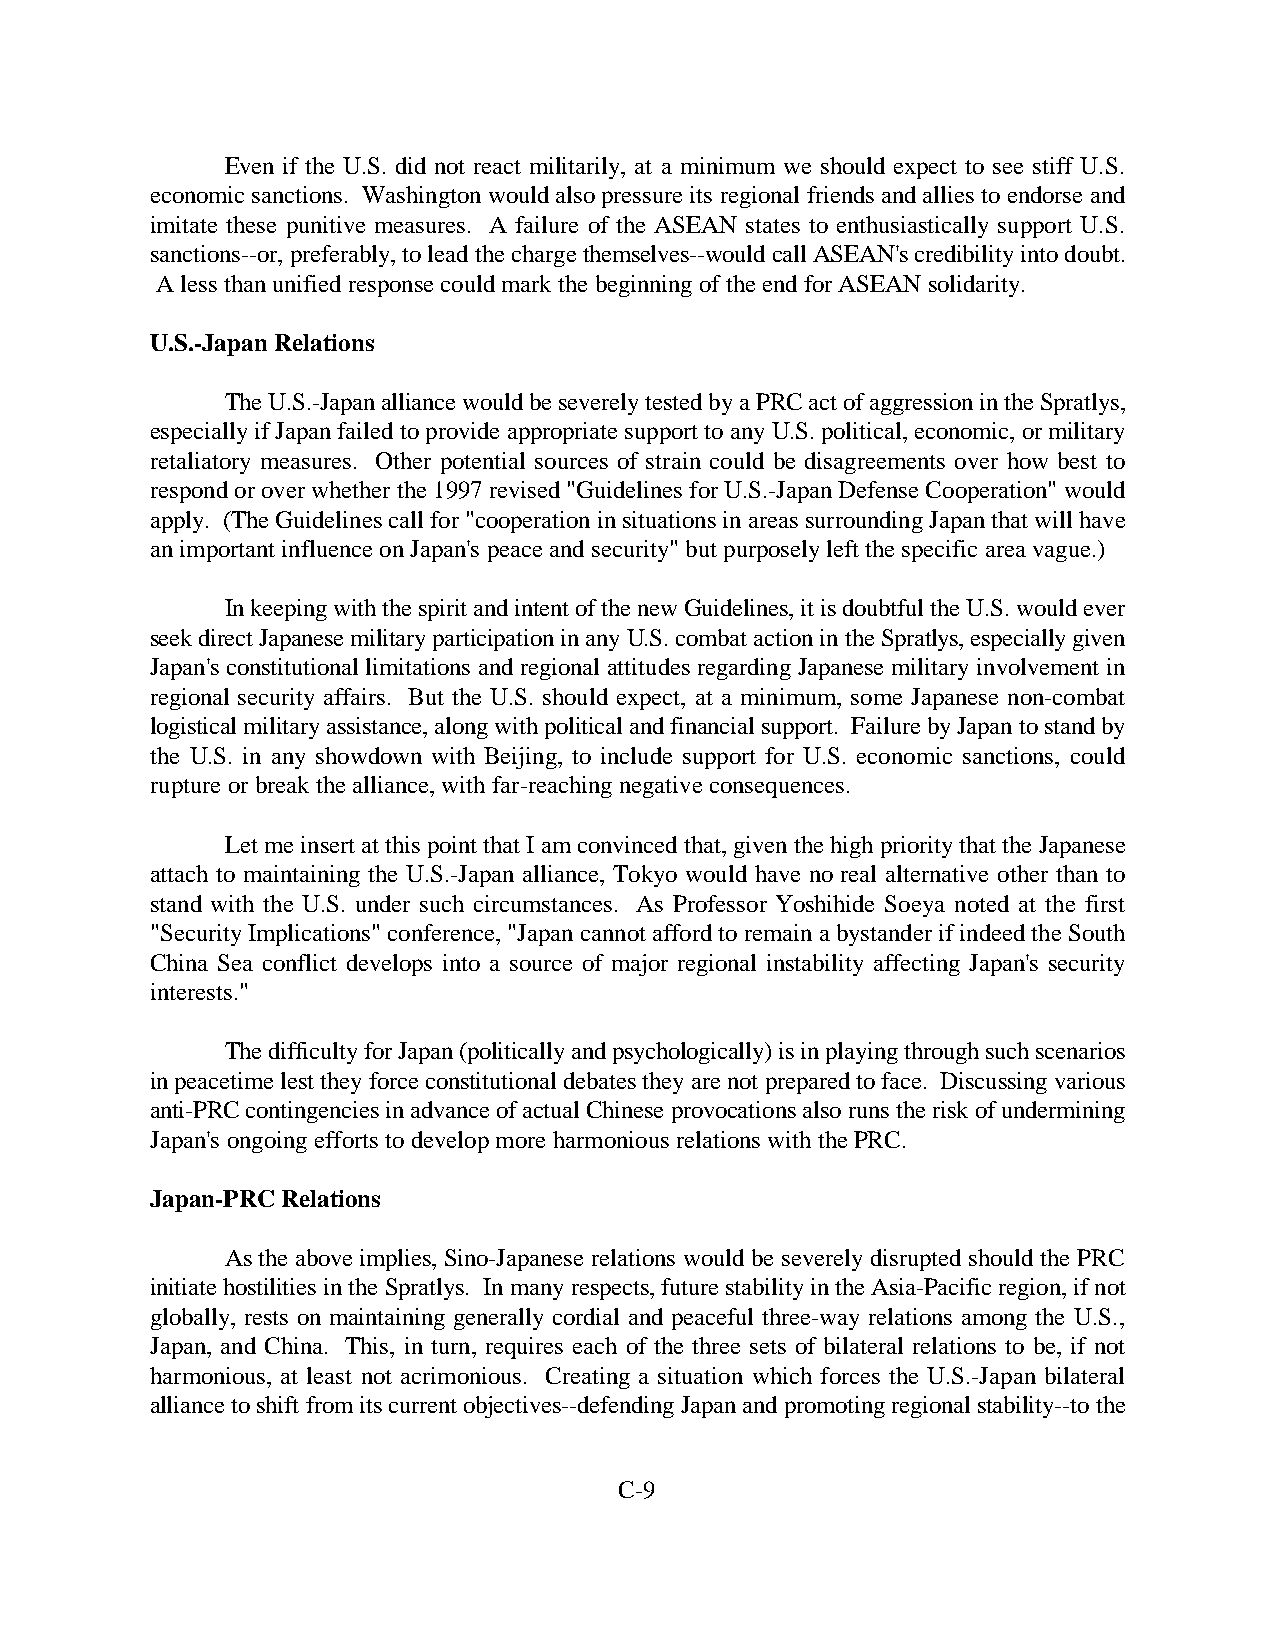
Even if the U.S. did not react militarily, at a minimum we should expect to see stiff U.S.
 economic sanctions. Washington would also pressure its regional friends and allies to endorse and
 imitate these punitive measures. A failure of the ASEAN states to enthusiastically support U.S.
 sanctions--or, preferably, to lead the charge themselves--would call ASEAN's credibility into doubt.
 A less than unified response could mark the beginning of the end for ASEAN solidarity.
 U.S.-Japan Relations
 The U.S.-Japan alliance would be severely tested by a PRC act of aggression in the Spratlys,
 especially if Japan failed to provide appropriate support to any U.S. political, economic, or military
 retaliatory measures. Other potential sources of strain could be disagreements over how best to
 respond or over whether the 1997 revised "Guidelines for U.S.-Japan Defense Cooperation" would
 apply. (The Guidelines call for "cooperation in situations in areas surrounding Japan that will have
 an important influence on Japan's peace and security" but purposely left the specific area vague.)
 In keeping with the spirit and intent of the new Guidelines, it is doubtful the U.S. would ever
 seek direct Japanese military participation in any U.S. combat action in the Spratlys, especially given
 Japan's constitutional limitations and regional attitudes regarding Japanese military involvement in
 regional security affairs. But the U.S. should expect, at a minimum, some Japanese non-combat
 logistical military assistance, along with political and financial support. Failure by Japan to stand by
 the U.S. in any showdown with Beijing, to include support for U.S. economic sanctions, could
 rupture or break the alliance, with far-reaching negative consequences.
 Let me insert at this point that I am convinced that, given the high priority that the Japanese
 attach to maintaining the U.S.-Japan alliance, Tokyo would have no real alternative other than to
 stand with the U.S. under such circumstances. As Professor Yoshihide Soeya noted at the first
 "Security Implications" conference, "Japan cannot afford to remain a bystander if indeed the South
 China Sea conflict develops into a source of major regional instability affecting Japan's security
 interests."
 The difficulty for Japan (politically and psychologically) is in playing through such scenarios
 in peacetime lest they force constitutional debates they are not prepared to face. Discussing various
 anti-PRC contingencies in advance of actual Chinese provocations also runs the risk of undermining
 Japan's ongoing efforts to develop more harmonious relations with the PRC.
 Japan-PRC Relations
 As the above implies, Sino-Japanese relations would be severely disrupted should the PRC
 initiate hostilities in the Spratlys. In many respects, future stability in the Asia-Pacific region, if not
 globally, rests on maintaining generally cordial and peaceful three-way relations among the U.S.,
 Japan, and China. This, in turn, requires each of the three sets of bilateral relations to be, if not
 harmonious, at least not acrimonious. Creating a situation which forces the U.S.-Japan bilateral
 alliance to shift from its current objectives--defending Japan and promoting regional stability--to the
 C-9